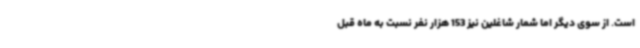
است. از سوی دیگر اما شمار شاغلین نیز 153 هزار نفر نسبت به ماه قبل